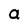
Character: a